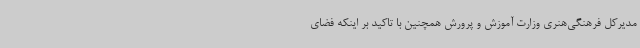
مدیرکل فرهنگی‌هنری وزارت آموزش و پرورش همچنین با تاکید بر اینکه فضای